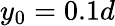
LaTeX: {y_{0}}=0.1d